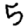
Digit: 5